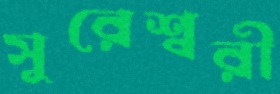
সুরেশ্বরী